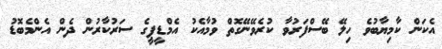
އެކަން ކާމިޔާބުވެ ހިލޭ ބޭސްފަރުވާ ކުރެވޭނޭގޮތް ވުމާއެކު އެމްޑީޕީގެ ސަރުކާރުން ދެން އެންމެބޮޑު